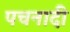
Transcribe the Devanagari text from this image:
पचनादी